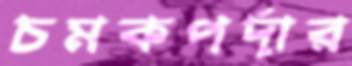
চমকপর্দার